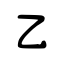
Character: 乙